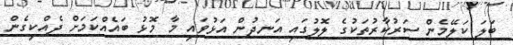
ބަލަ ކަލޭމެން ސަރުކާރުތަކުގެ ލޮލުގައި އަނދުން އަޅުވައި މާ މޮޅު ބައެއްކަމަށް ދެއްކިގެން